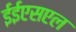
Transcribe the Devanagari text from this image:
ईईएसएल